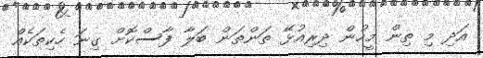
އަދި މި ތިން މީހުން ދިރިއުޅޭ ތަންތަން ބަލާ ފާސްކޮށް ގިނަ ހެކިތަކެއް